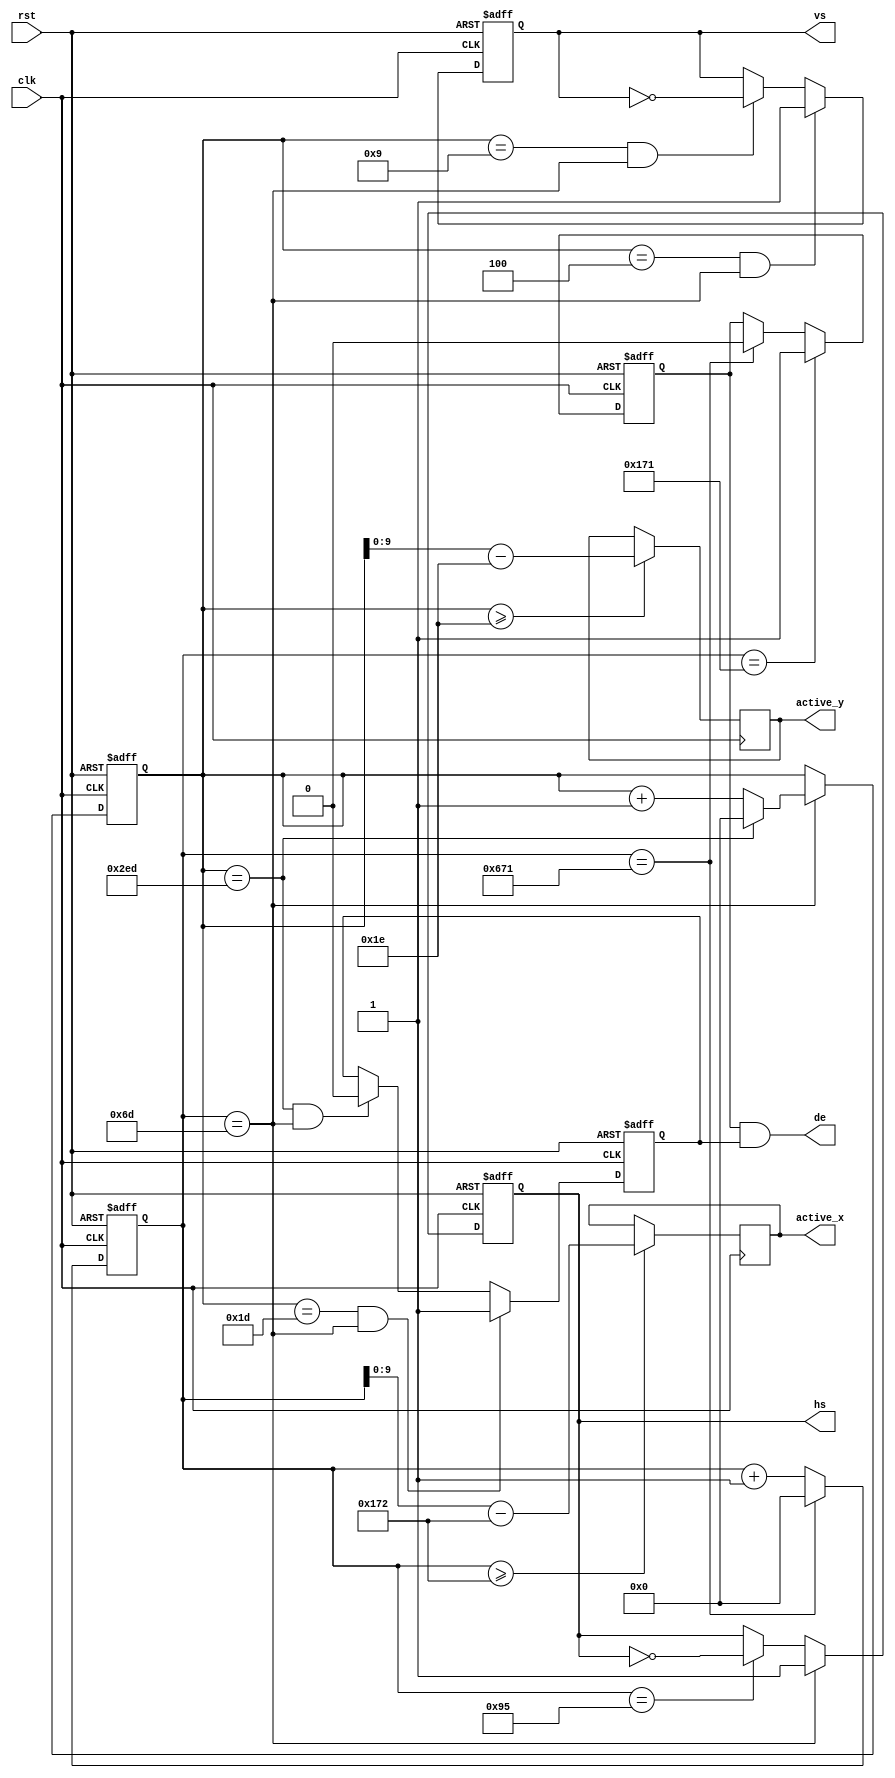
module vga_timing(
	input                 clk,           //pixel clock
	input                 rst,           //reset signal high active
	output                hs,            //horizontal synchronization
	output                vs,            //vertical synchronization
	output                de,            //video valid

	output reg [9:0] active_x,              //video x position 
	output reg [9:0] active_y             //video y position 
	
	);


//VIDEO_1280_720
parameter H_ACTIVE = 16'd1280;           //horizontal active time (pixels)
parameter H_FP = 16'd110;                //horizontal front porch (pixels)
parameter H_SYNC = 16'd40;               //horizontal sync time(pixels)
parameter H_BP = 16'd220;                //horizontal back porch (pixels)
parameter V_ACTIVE = 16'd720;            //vertical active Time (lines)
parameter V_FP  = 16'd5;                 //vertical front porch (lines)
parameter V_SYNC  = 16'd5;               //vertical sync time (lines)
parameter V_BP  = 16'd20;                //vertical back porch (lines)
parameter HS_POL = 1'b1;                 //horizontal sync polarity, 1 : POSITIVE,0 : NEGATIVE;
parameter VS_POL = 1'b1;                 //vertical sync polarity, 1 : POSITIVE,0 : NEGATIVE;


parameter H_TOTAL = H_ACTIVE + H_FP + H_SYNC + H_BP;//horizontal total time (pixels)
parameter V_TOTAL = V_ACTIVE + V_FP + V_SYNC + V_BP;//vertical total time (lines)


reg hs_reg;                      //horizontal sync register
reg vs_reg;                      //vertical sync register
reg[11:0] h_cnt;                 //horizontal counter
reg[11:0] v_cnt;                 //vertical counter

reg h_active;                    //horizontal video active
reg v_active;                    //vertical video active
assign hs = hs_reg;
assign vs = vs_reg;
assign de = h_active & v_active;


//
always@(posedge clk or posedge rst)
begin
	if(rst == 1'b1)
		h_cnt <= 12'd0;
	else if(h_cnt == H_TOTAL - 1)//horizontal counter maximum value
		h_cnt <= 12'd0;
	else
		h_cnt <= h_cnt + 12'd1;
end
//
always@(posedge clk)
begin
	if(h_cnt >= H_FP + H_SYNC + H_BP)//horizontal video active
		active_x <= h_cnt - (H_FP[11:0] + H_SYNC[11:0] + H_BP[11:0]);
	else
		active_x <= active_x;
end
always@(posedge clk)
begin	
	if(v_cnt >= V_FP + V_SYNC + V_BP)//horizontal video active
		active_y <= v_cnt - (V_FP[11:0] + V_SYNC[11:0] + V_BP[11:0]);
	else
		active_y <= active_y;
end
//
always@(posedge clk or posedge rst)
begin
	if(rst == 1'b1)
		v_cnt <= 12'd0;
	else if(h_cnt == H_FP  - 1)//horizontal sync time
		if(v_cnt == V_TOTAL - 1)//vertical counter maximum value
			v_cnt <= 12'd0;
		else
			v_cnt <= v_cnt + 12'd1;
	else
		v_cnt <= v_cnt;
end
//HS
always@(posedge clk or posedge rst)
begin
	if(rst == 1'b1)
		hs_reg <= 1'b0;
	else if(h_cnt == H_FP - 1)//horizontal sync begin
		hs_reg <= HS_POL;
	else if(h_cnt == H_FP + H_SYNC - 1)//horizontal sync end
		hs_reg <= ~hs_reg;
	else
		hs_reg <= hs_reg;
end
//
always@(posedge clk or posedge rst)
begin
	if(rst == 1'b1)
		h_active <= 1'b0;
	else if(h_cnt == H_FP + H_SYNC + H_BP - 1)//horizontal active begin
		h_active <= 1'b1;
	else if(h_cnt == H_TOTAL - 1)//horizontal active end
		h_active <= 1'b0;
	else
		h_active <= h_active;
end
//VS
always@(posedge clk or posedge rst)
begin
	if(rst == 1'b1)
		vs_reg <= 1'd0;
	else if((v_cnt == V_FP - 1) && (h_cnt == H_FP - 1))//vertical sync begin
		vs_reg <= HS_POL;
	else if((v_cnt == V_FP + V_SYNC - 1) && (h_cnt == H_FP - 1))//vertical sync end
		vs_reg <= ~vs_reg;  
	else
		vs_reg <= vs_reg;
end
//
always@(posedge clk or posedge rst)
begin
	if(rst == 1'b1)
		v_active <= 1'd0;
	else if((v_cnt == V_FP + V_SYNC + V_BP - 1) && (h_cnt == H_FP - 1))//vertical active begin
		v_active <= 1'b1;
	else if((v_cnt == V_TOTAL - 1) && (h_cnt == H_FP - 1)) //vertical active end
		v_active <= 1'b0;   
	else
		v_active <= v_active;
end


endmodule